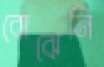
বোঝেনি